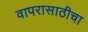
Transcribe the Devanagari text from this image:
वापरासाठीचा